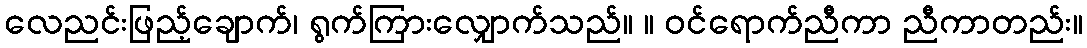
လေညင်းဖြည့်ချောက်၊ ရွက်ကြားလျှောက်သည်။ ။ ဝင်ရောက်ညီကာ ညီကာတည်း။